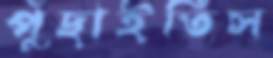
পুঁছাইতিস